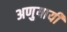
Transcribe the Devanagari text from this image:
अणुयायी